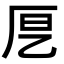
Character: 𭆂